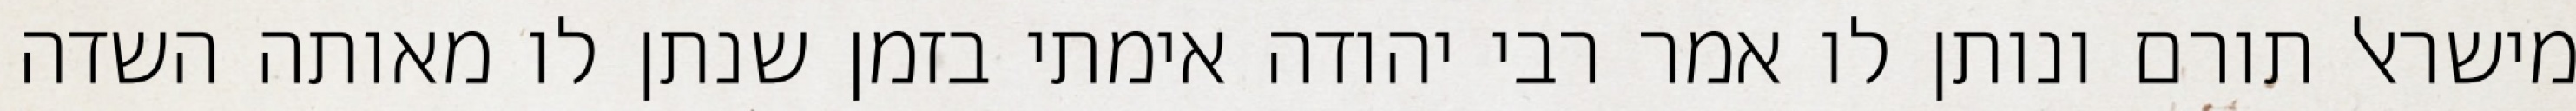
מישראל תורם ונותן לו אמר רבי יהודה אימתי בזמן שנתן לו מאותה השדה